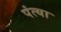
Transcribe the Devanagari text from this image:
पंत्या